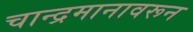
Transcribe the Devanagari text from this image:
चान्द्रमानावरून